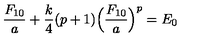
\frac { F _ { 1 0 } } { a } + \frac { k } { 4 } ( p + 1 ) \Bigl ( \frac { F _ { 1 0 } } { a } \Bigr ) ^ { p } = E _ { 0 }